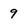
Character: 9